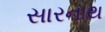
સારનાથ